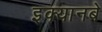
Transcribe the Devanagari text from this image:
इक्यानबे